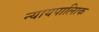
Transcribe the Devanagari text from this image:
न्यायपालिाक